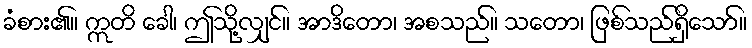
ခံစား၏။ ဣတိ ခေါ၊ ဤသို့လျှင်။ အာဒိတော၊ အစသည်။ သတော၊ ဖြစ်သည်ရှိသော်။